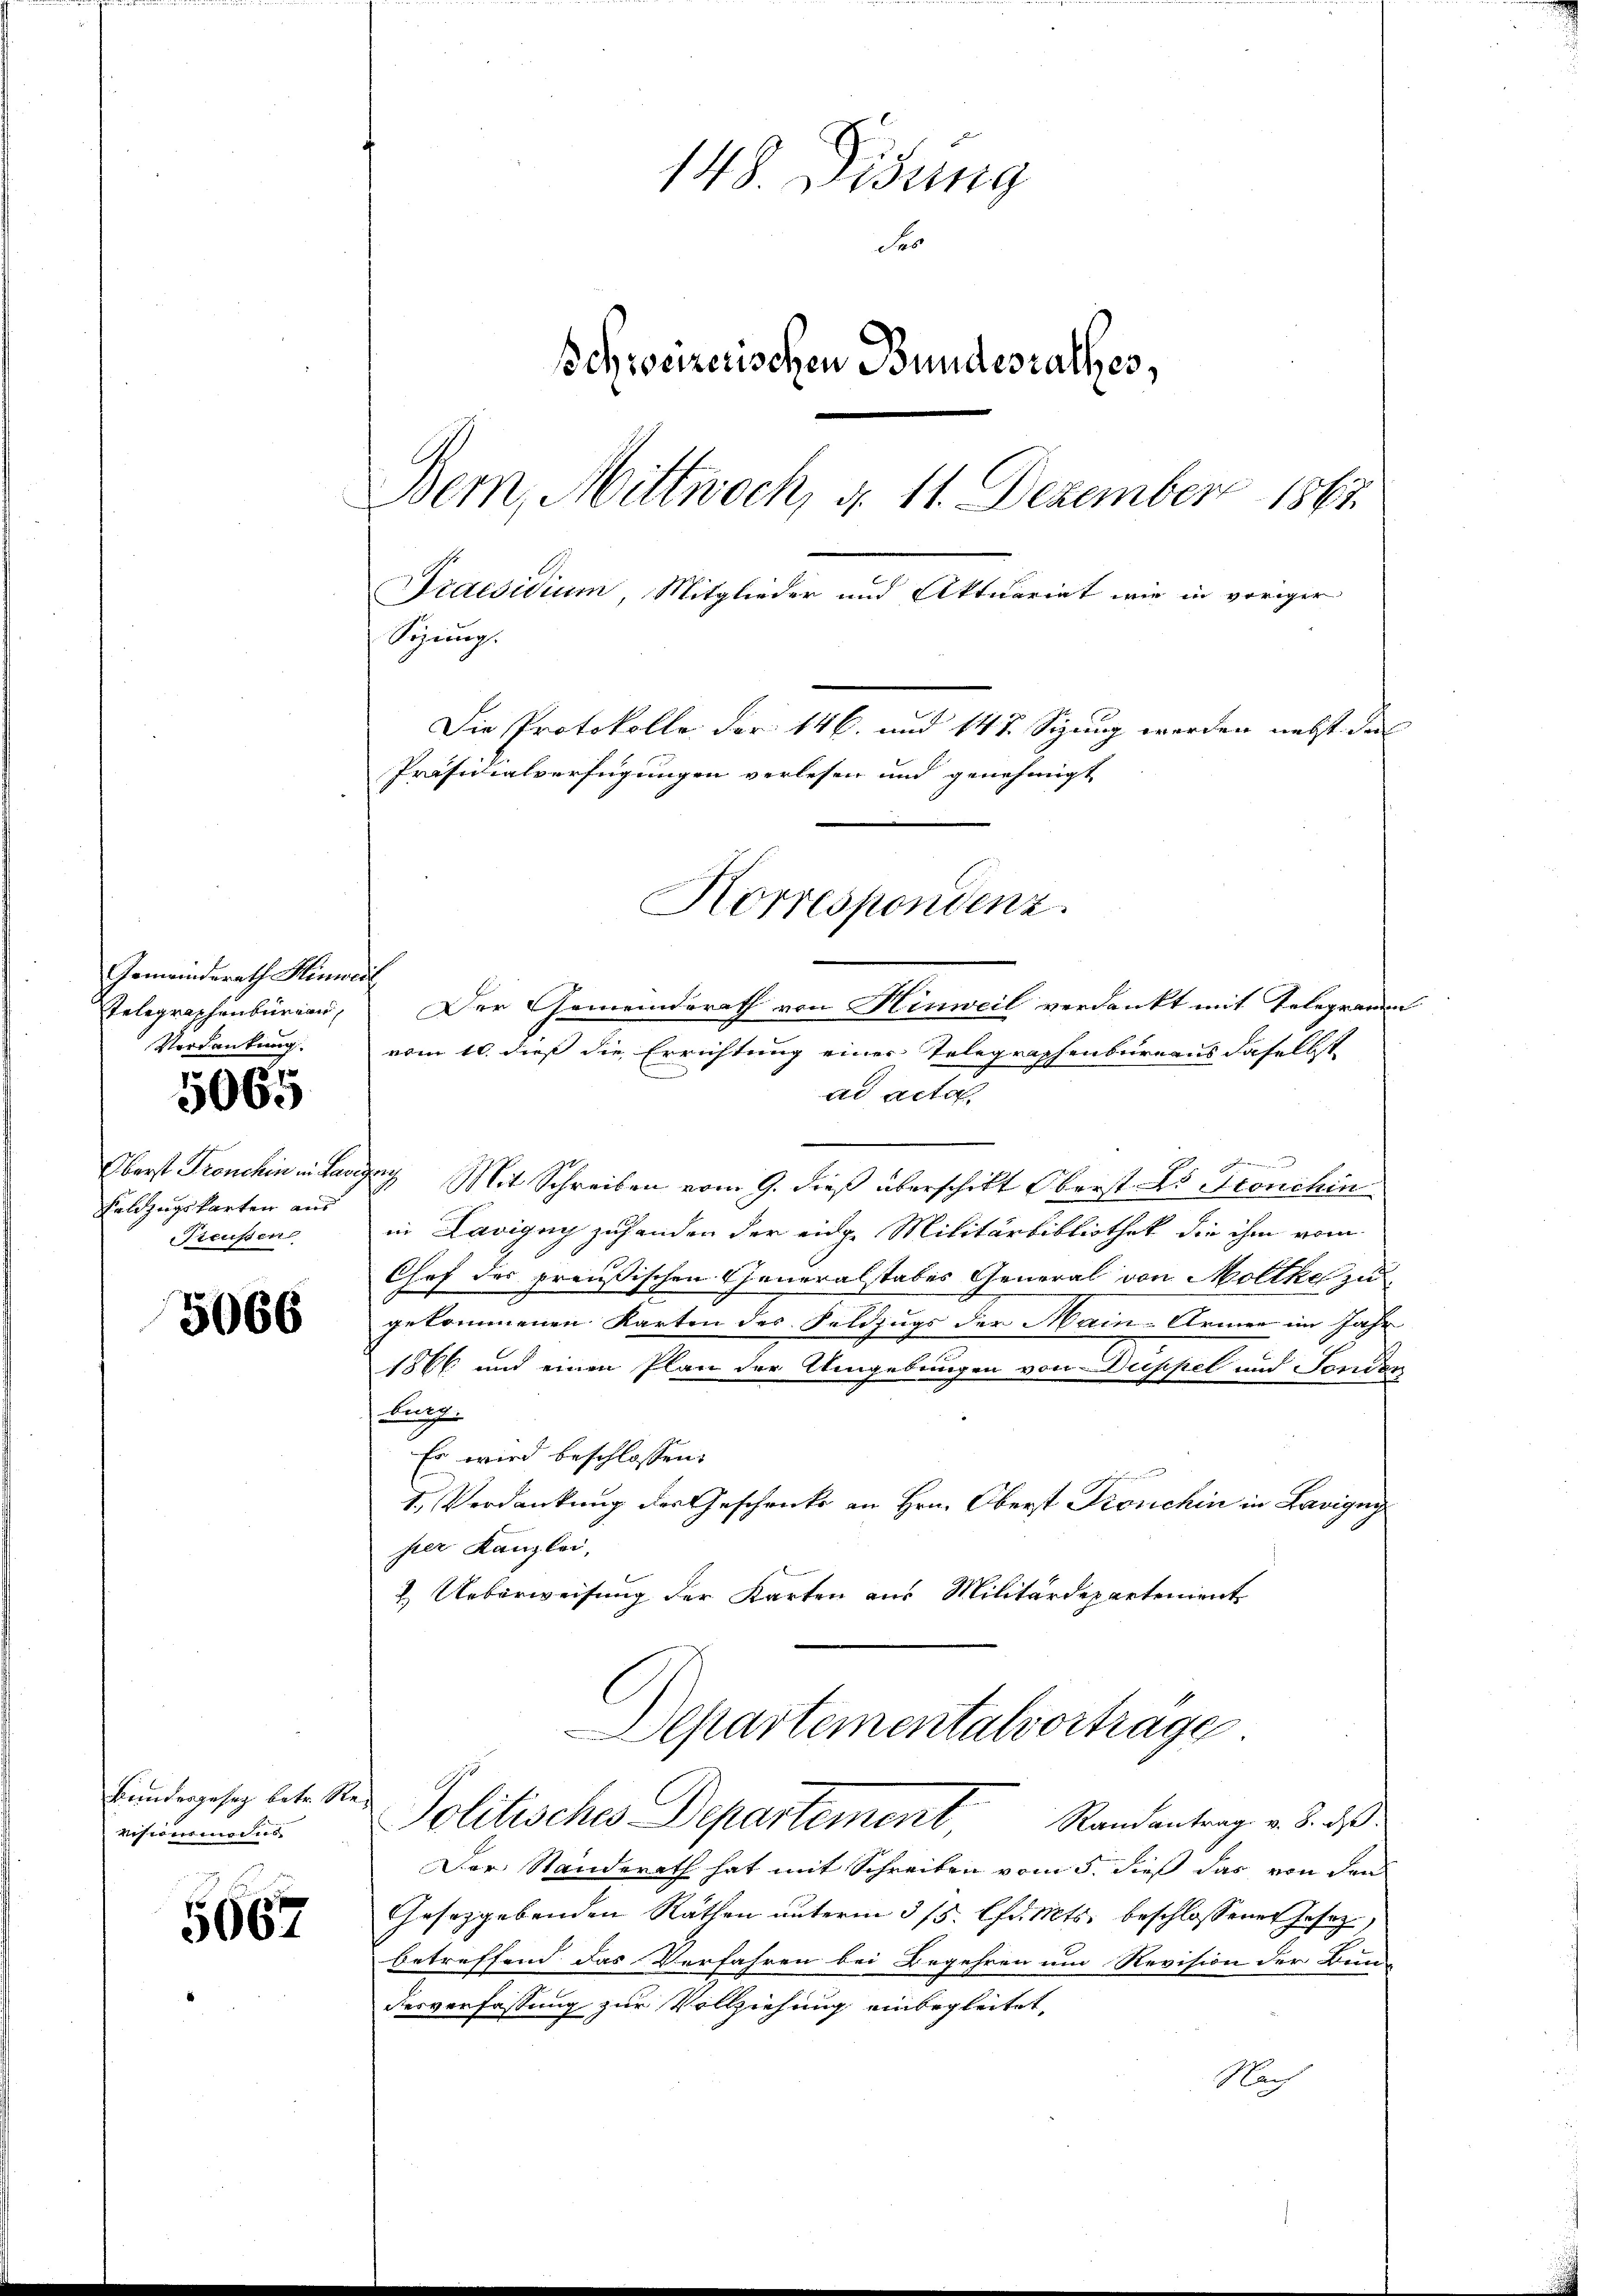
Gemeindsrath Hinweis
Telegraphenbureau,
Verdankung

5065

Oberst Fronchin in Lave
Feldzugskarten aus
Sieusen

5066

Bundergeseg betr. Revisionsmodus

5067

148. Didung
Se
Schweizerischen Bundesrathes,
Bern, Mittwoch, d. 11. Dezember 1867.
Praesidium, Mitglieder und Aktuariat wie in voriger
Sizung.
Die Protokolle der 146. und 147. Sizung werden nebst das
Präsidialverfügungen verlesen und genehmigt

Der Gemeinderath von Hinweil verdankt mit Telegramm
vom 10. dieß die Errichtung einer Telegraphenbureaus daselbst
ad acta.
aach Mit Schreiben vom 9. dieß überschikt Oberst L. Bronchin
in Lavigny zuhanden der eidge Militärbibliothek die ihm vom
Chef des preußischen Generalstabes General von Moltke zu
gekommenen Karten des Feldzugs der Main-Armen im Jahr
1866 und einen Plan der Umgebungen von Duppel und Sonder
Burg.
Es wird beschlossen:
1. Verdankung der Geschencke an Hrn. Oberst Fronchin in Lavigny
hier Kanzlei,
2. Ueberweisung der Karten aus Militärdepartement
Departementalvertrage
Politisches Departement Randantrag v. 3. ds.
Der Standerath hat mit Schreiben vom 5. dieß das von den
Gesetzgebenden Räthen unterm 3/5. lfd. Mts. beschlossener Jesez
betreffend das Verfahren bei Begehren um Revision der Bun
derverfassung zur Vollziehung einbegleitet,
Nach

Korrespondenz.